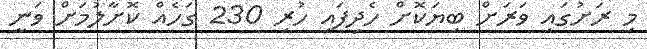
މި ރަށުގައި ވަރަށް ބިޔަކޮށް ހެދިފައި ހުރި 230 ގަހެއް ކޮށާލުމަށް ވަނީ